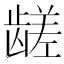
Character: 𱌼